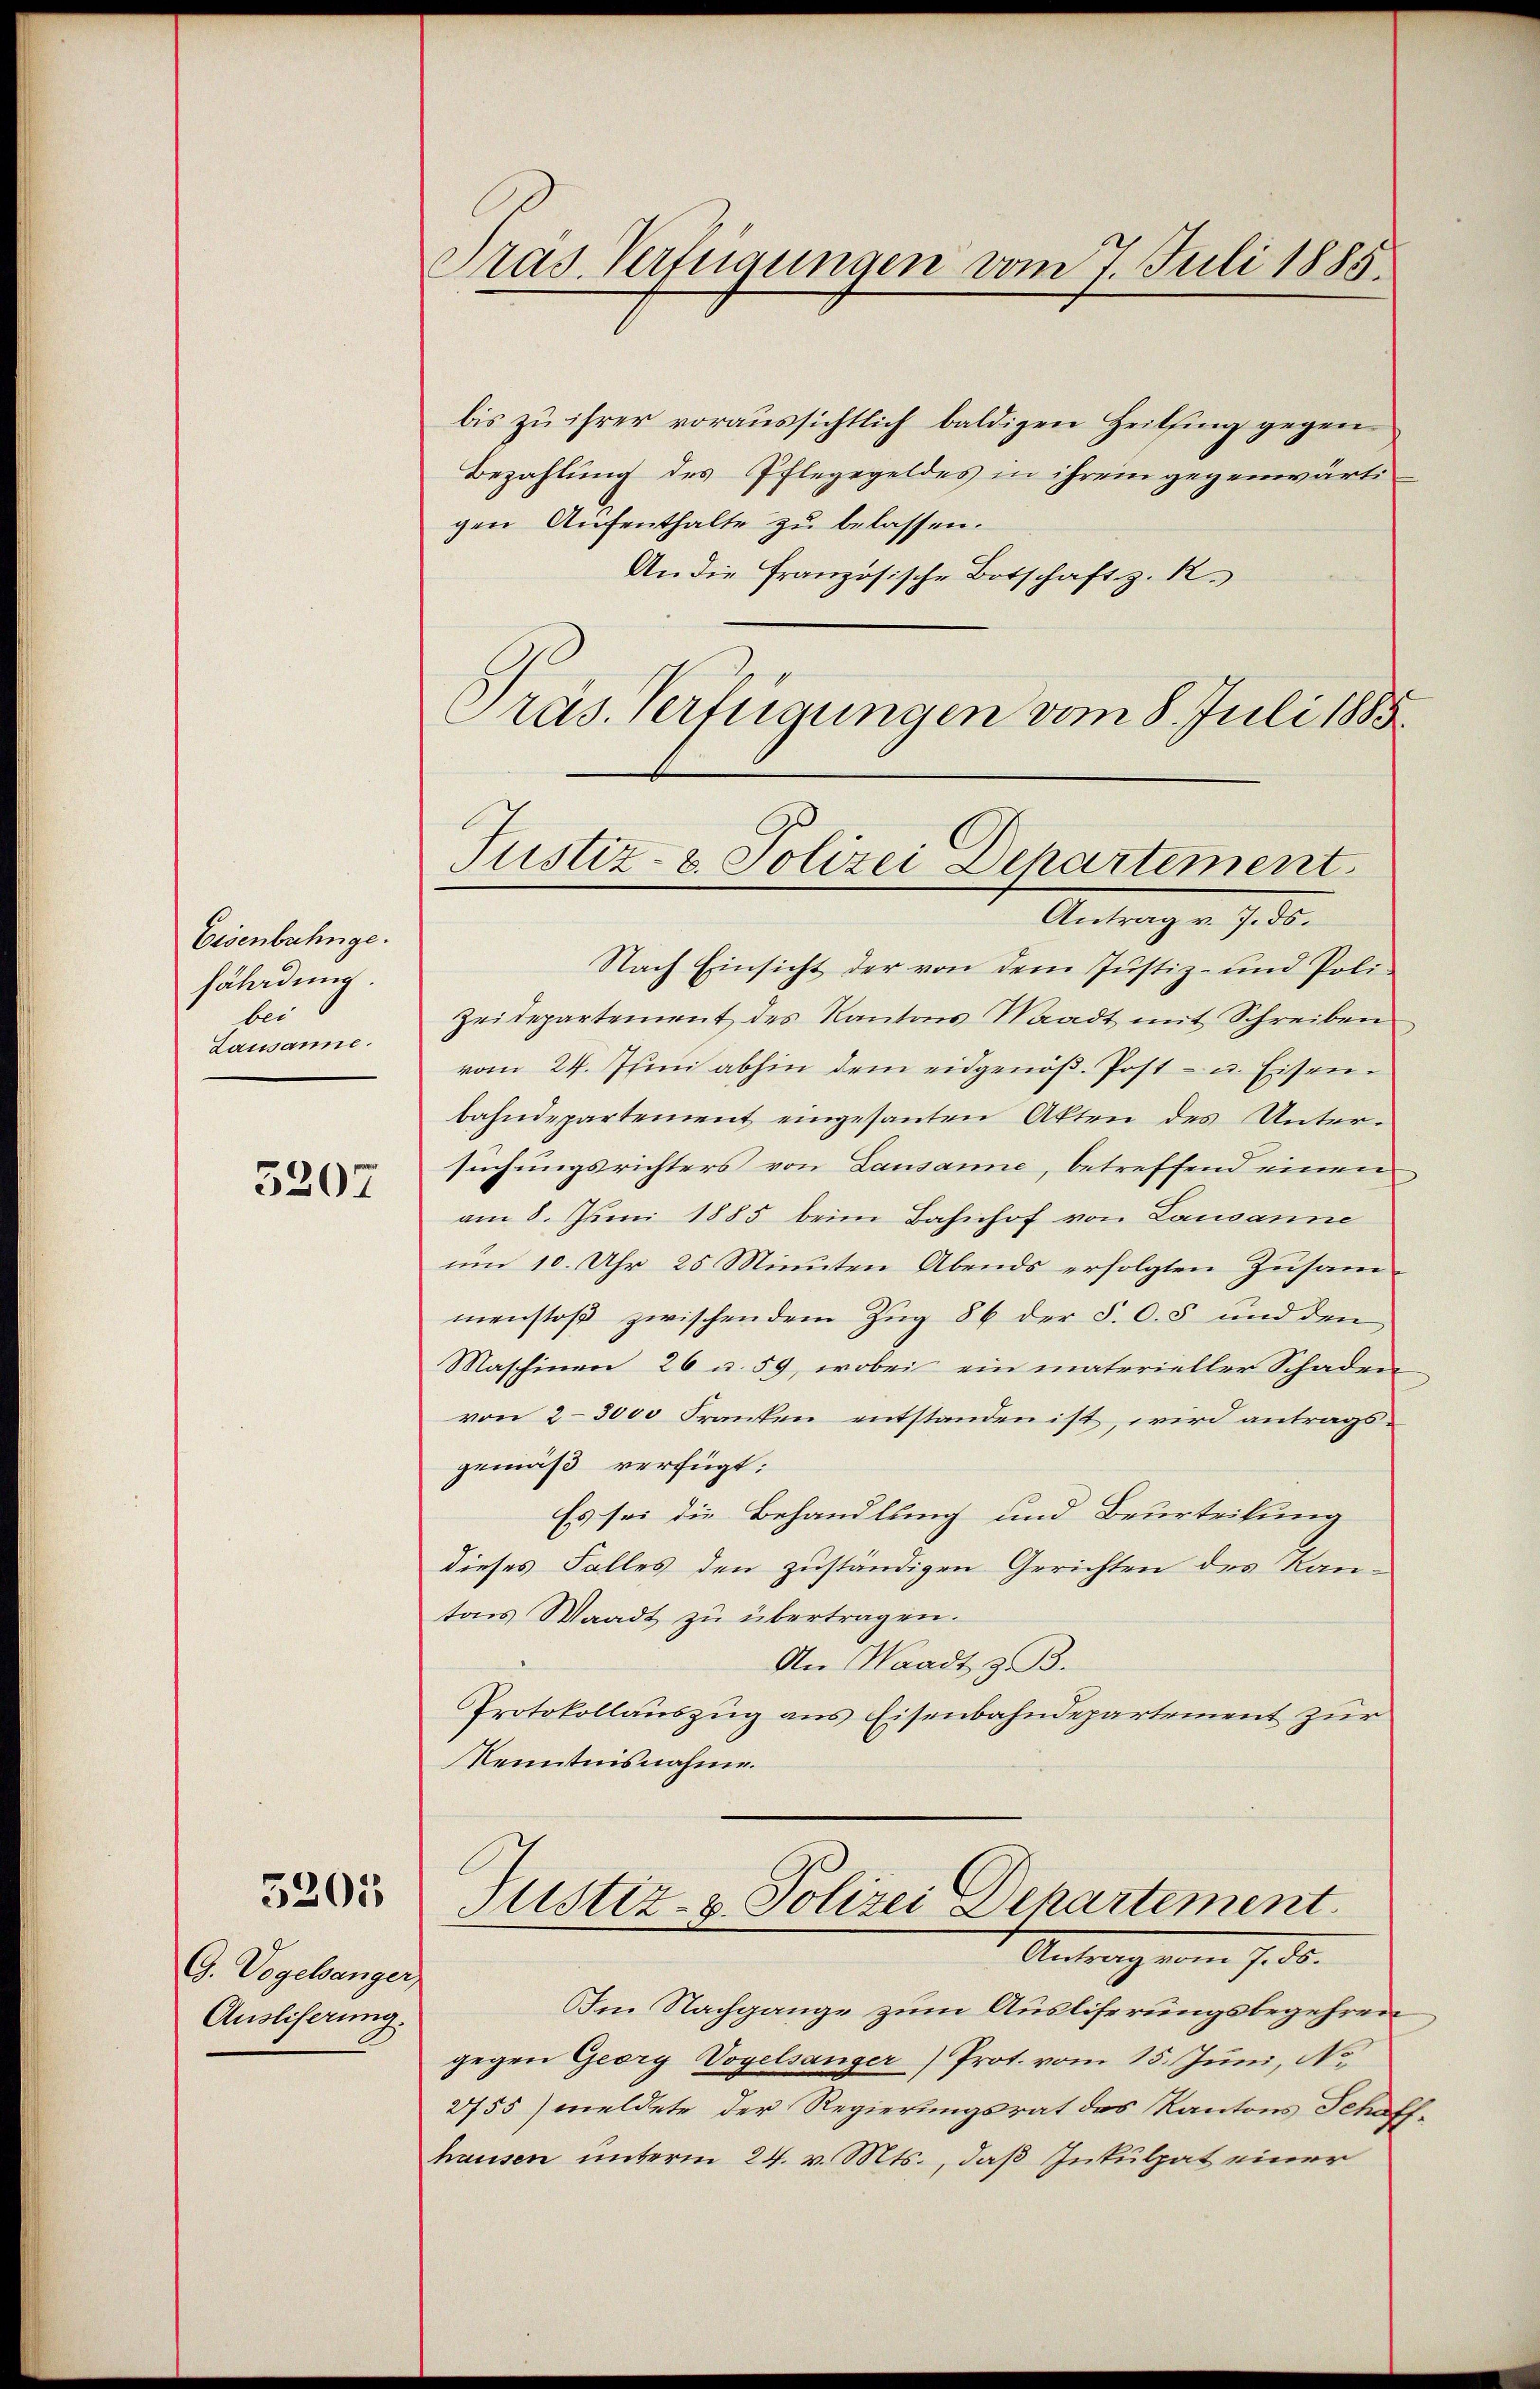
Eisenbahnge.
fäladung.
bei
Lausanne.

3207

G. Vogelsanger,
Ausliserung.

5201

Pras Verfügungen vom 7. Juli 1885.

Justiz- & Polizei Departement.
Antrag v. 7. ds.

bis zu ihrer voraussichtlich baldigen Heilfing gegen
Bezahlung des Pflegegeldes in ihrem gegenwärti
gen Aufenthalte zu belassen.
An die französische Botschaft z. B.
Präs. Verfügungen vom 8. Juli 1883
Nach Einsicht der von dem Justiz- und Poli-
Zeidepartement des Kantons Waadt mit Schreiben
vom 24. Juni abhin dem eidgenöβ. Post- u. Eisenbahndepartement eingesanten Akten des Untersuchungsrichters von Lausanne, betreffend einen
am 8. Juni 1885 beim Bahnhof von Lausanne
um 10. Uhr 25 Minuten Abends erfolgten Zusam-
menstoß zwischen dem Zug 86 der §. O. 5 und den
Maschinen 26 u. 59, wobei ein materieller Schaden
von 2-3000 Franken entstanden ist, wird antrags-
gemäß verfügt:
Es sei die Behandlung und Beurteilung
dieses Falles den zuständigen Gerichten des Kan-
tois Waadt zu übertragen.
An Waadt z. B.
Protokollauszug aus Eisenbahndepartement zur
Kenntnisnahme.
Justiz- & Polizei Departement.
Antragenen 7. d.
Im Nachgange zum Ausliferungsbegehren
gegen Georg Vogelsanger) Prot. vom 15. Juni, No.
2755) meldete der Regierungsrat des Kantons Schas
hausen unterm 24. v. Mts., daß Inkulpat einer